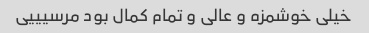
خیلی خوشمزه و عالی و تمام کمال بود مرسیییی